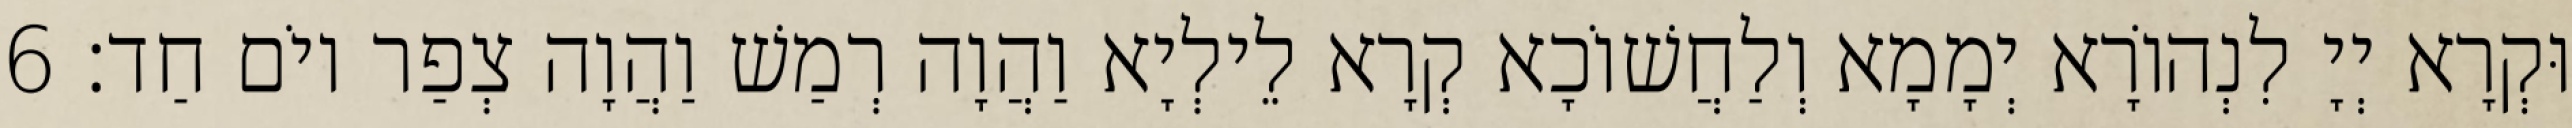
וּקְרָא יְיָ לִנְהוֹרָא יְמָמָא וְלַחֲשׁוֹכָא קְרָא לֵילְיָא וַהֲוָה רְמַשׁ וַהֲוָה צְפַר יוֹם חַד׃ 6